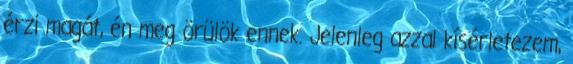
érzi magát, én meg örülök ennek. Jelenleg azzal kísérletezem,